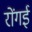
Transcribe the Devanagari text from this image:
रोंगई